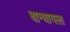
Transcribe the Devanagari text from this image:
बान्धायला